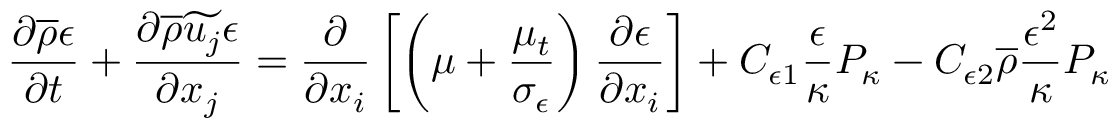
\frac { \partial \overline { { \rho } } \epsilon } { \partial t } + \frac { \partial \overline { { \rho } } \widetilde { u _ { j } } \epsilon } { \partial x _ { j } } = \frac { \partial } { \partial x _ { i } } \left[ \left( \mu + \frac { \mu _ { t } } { \sigma _ { \epsilon } } \right) \frac { \partial \epsilon } { \partial x _ { i } } \right] + C _ { \epsilon 1 } \frac { \epsilon } { \kappa } P _ { \kappa } - C _ { \epsilon 2 } \overline { { \rho } } \frac { \epsilon ^ { 2 } } { \kappa } P _ { \kappa }